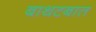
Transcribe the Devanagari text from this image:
बाथटबात